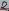
Text: 8